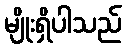
မျိုးရှိပါသည်